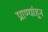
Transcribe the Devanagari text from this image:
प्राण्यांहून